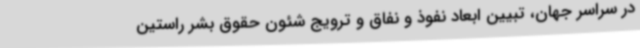
در سراسر جهان، تبیین ابعاد نفوذ و نفاق و ترویج شئون حقوق بشر راستین